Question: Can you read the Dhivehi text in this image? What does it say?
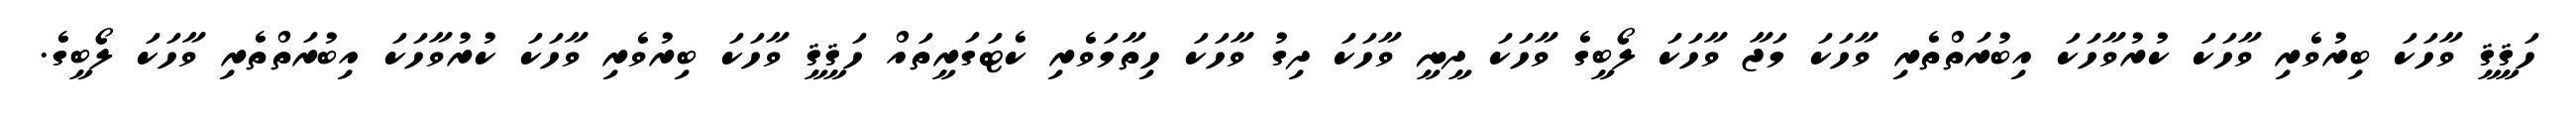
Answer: ހަޤީޤީ ވާހަކަ ބިރުވެރި ވާހަކަ ކުރުވާހަކަ އިބުރަތްތެރި ވާހަކަ މަޖާ ވާހަކަ ލޯބީގެ ވާހަކަ ދީނީ ވާހަކަ ދިގު ވާހަކަ ހިތާމަވެރި ކެޓަގަރީތައް ހަޤީޤީ ވާހަކަ ބިރުވެރި ވާހަކަ ކުރުވާހަކަ އިބުރަތްތެރި ވާހަކަ ލޯބީގެ.